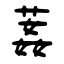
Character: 葌